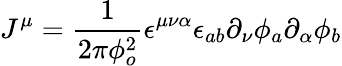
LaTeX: J^{\mu}=\frac{1}{2\pi\phi_{o}^{2}}\epsilon^{\mu\nu\alpha}\epsilon_{ab}\partial_{\nu}\phi_{a}\partial_{\alpha}\phi_{b}